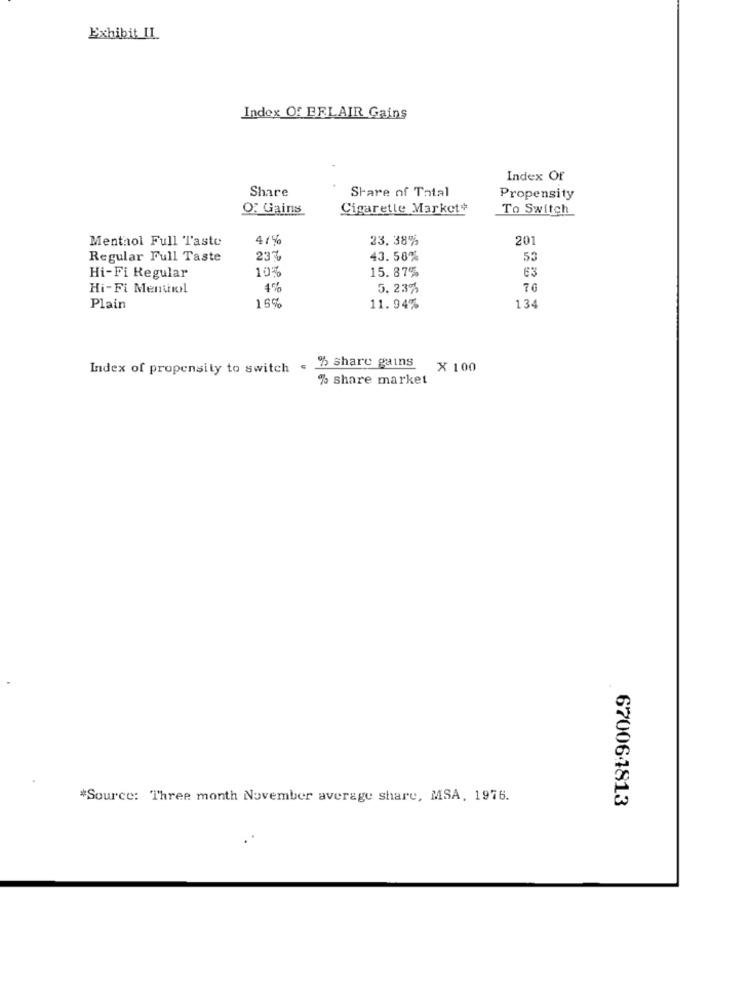
Exhibit IL
Index Of EELAIR Gains
Index Of
Share of Total
Share
Propensity
Of Gains
Cigarette Market#
To Switch
47%
23.38%
201
Menthol Full Taste
Regular Full Taste
237
43. 58%
53
10%
15. 87%
63
Hi-Fi Regular
Hi-Fi Menuil
4%
5. 23%
76
134
Plain
16%
11.94%
Index of propensity to switch . % share gains
X 100
% share market
#Source: Three month November average share, MSA, 1976.
670064813